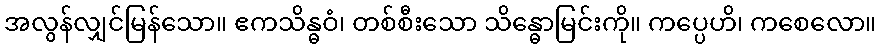
အလွန်လျှင်မြန်သော။ ဧကသိန္ဓဝံ၊ တစ်စီးသော သိန္ဓောမြင်းကို။ ကပ္ပေဟိ၊ ကစေလော။